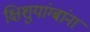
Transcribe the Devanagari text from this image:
क्षिशुयांग्बांना